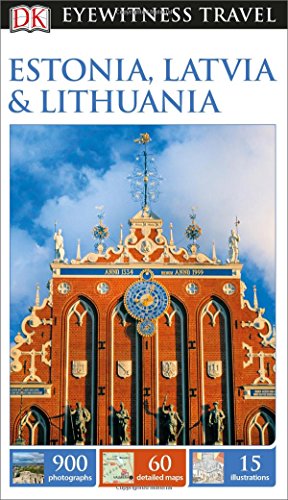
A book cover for DK Eyewitness Travel Guide: Estonia, Latvia & Lithuania; DK Publishing; Travel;